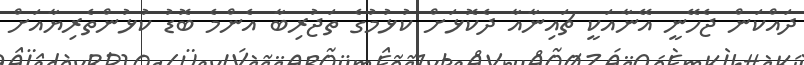
ދައްކަން ޖެހޭނީ އޭނާއަކީ ޗައިނާއާ ދެކޮޅަށް ކުޅުމުގެ ތަޖުރިބާ އެންމެ ބޮޑު ކުޅުންތެރިޔާއަށް